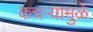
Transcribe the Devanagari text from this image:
कचऱ्यामुळे